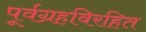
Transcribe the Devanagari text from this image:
पूर्वग्रहविरहित